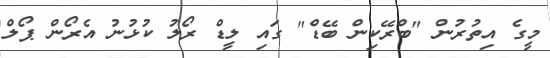
މީގެ އިތުރުން "ބްރޭކިން ބޭޑް" ގައި ލީޑް ރޯލު ކުޅުނު އެރޯން ޕޯލް